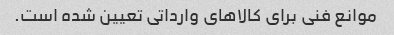
موانع فنی برای کالاهای وارداتی تعیین شده است.